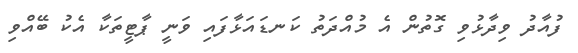
ފުއާދު ވިދާޅުވި ގޮތުން އެ މުއްދަތު ކަނޑައަޅާފައި ވަނީ ޕާޓީތަކާ އެކު ބޭއްވި